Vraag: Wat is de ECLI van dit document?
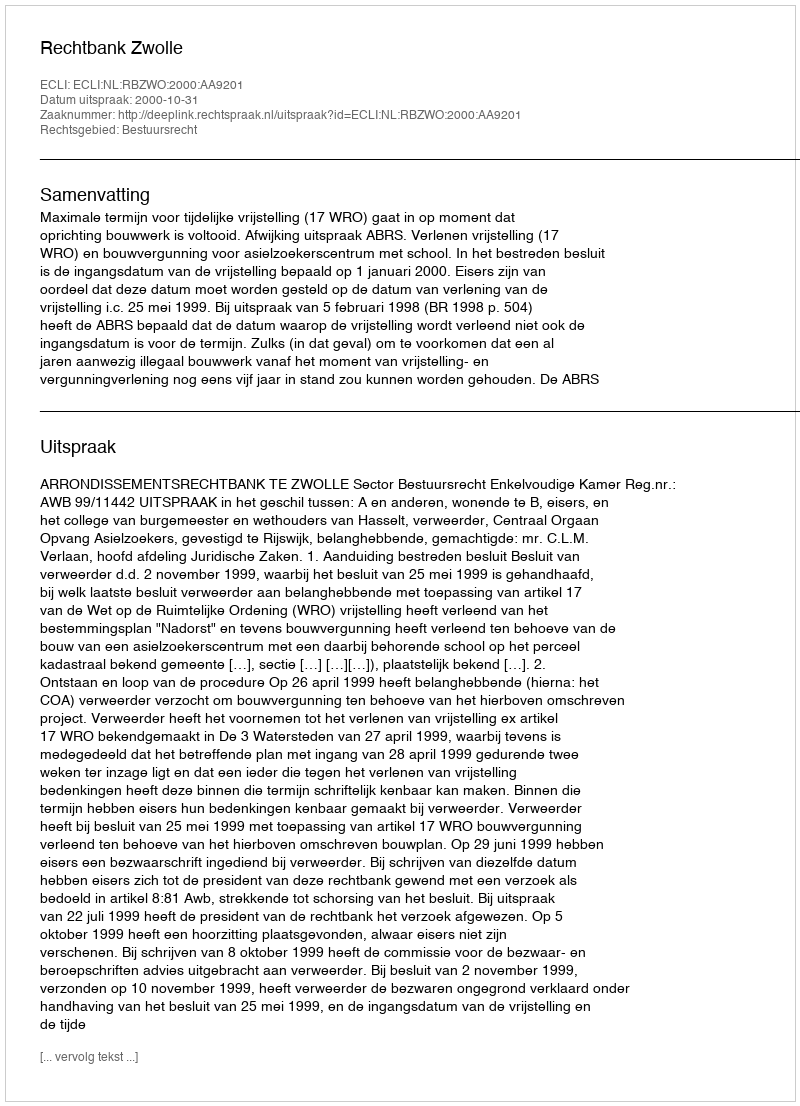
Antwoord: ECLI:NL:RBZWO:2000:AA9201